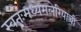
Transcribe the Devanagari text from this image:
स्वतःमध्येमलेरियाची